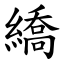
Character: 繑